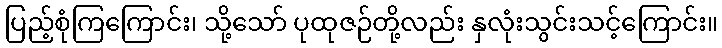
ပြည့်စုံကြကြောင်း၊ သို့သော် ပုထုဇဉ်တို့လည်း နှလုံးသွင်းသင့်ကြောင်း။